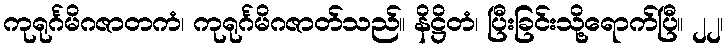
ကုရုင်္ဂမိဂဇာတကံ၊ ကုရုင်္ဂမိဂဇာတ်သည်။ နိဋ္ဌိတံ၊ ပြီးခြင်းသို့ရောက်ပြီ။ ၂၂၊